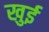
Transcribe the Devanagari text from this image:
खुई